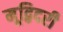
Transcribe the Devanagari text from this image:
मूद्बिदरी